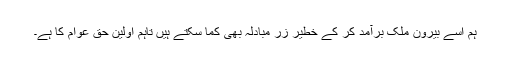
ہم اسے بیرون ملک برآمد کر کے خطیر زرِ مبادلہ بھی کما سکتے ہیں تاہم اولین حق عوام کا ہے۔